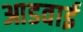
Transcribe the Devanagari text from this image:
आडवाई